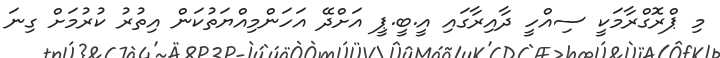
މި ޕްރޮގްރާމަކީ ސިއްހީ ދާއިރާގައި އީ.ބީ.ޕީ އަށްދޭ އަހަންމިއްޔަތުކަން އިތުރު ކުރުމަށް ގިނަ